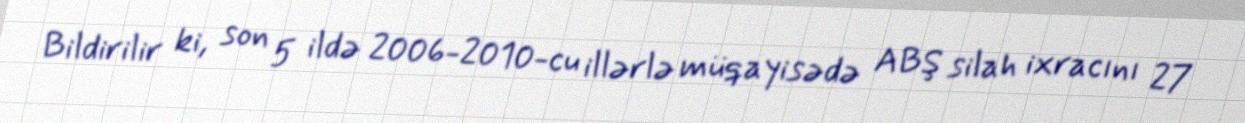
Bildirilir ki, son 5 ildə 2006-2010-cu illərlə müqayisədə ABŞ silah ixracını 27